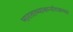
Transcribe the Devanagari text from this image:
भारताच्याकर्नाटकच्या